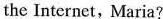
the Internet,Maria?